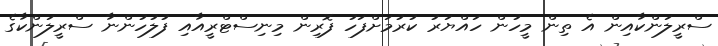
ސްރީލަންކާއިން އެ ތިން މީހުން ހައްޔަރު ކުރުމަށްފަހު ފޮރިން މިނިސްޓްރީއާއި ފުލުހުންނާ ސްރީލަންކާގެ